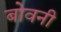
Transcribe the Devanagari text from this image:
बोवनी